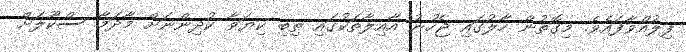
ފިލުއްވާފައެވެ. މިގޮތުން ހާލުގައި ޖެހުނު އާއިލާތަކުގައި ތިބި ކިޔަވާ ކުދިންނަށް މާދަމާ ސްކޫލަށް